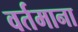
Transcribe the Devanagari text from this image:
वर्तमाना